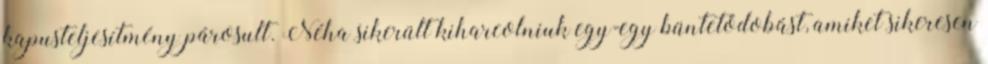
kapusteljesítmény párosult. Néha sikerült kiharcolniuk egy-egy büntetődobást, amiket sikeresen